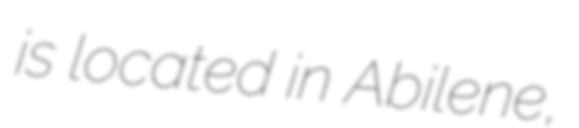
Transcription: is located in Abilene,